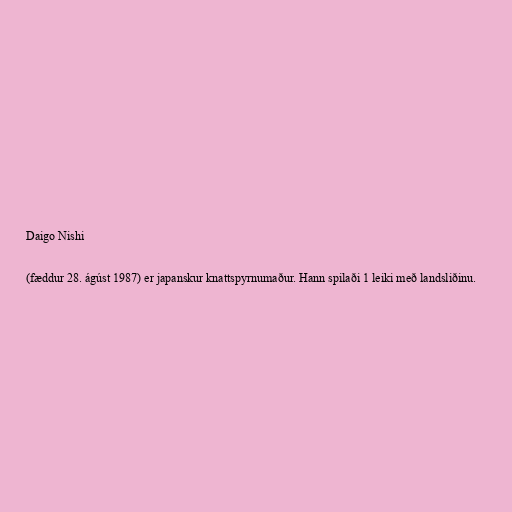
Daigo Nishi

(fæddur 28. ágúst 1987) er japanskur knattspyrnumaður. Hann spilaði 1 leiki með landsliðinu.